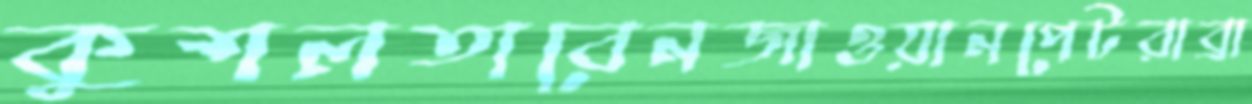
কুশলতাবেনজাওয়ানপেটরাব্রা